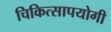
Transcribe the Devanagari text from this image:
चिकित्सापयोगी